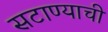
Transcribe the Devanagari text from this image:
सटाण्याची